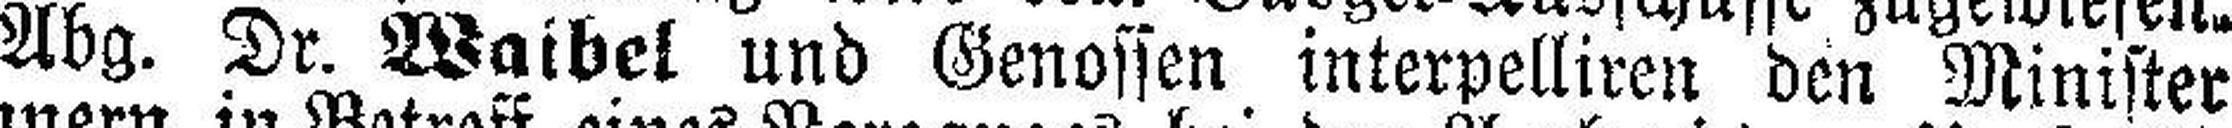
Abg. Dr. Waibel und Genossen interpelliren den Minister